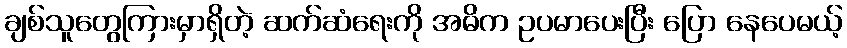
ချစ်သူတွေကြားမှာရှိတဲ့ ဆက်ဆံရေးကို အဓိက ဥပမာပေးပြီး ပြော နေပေမယ့်